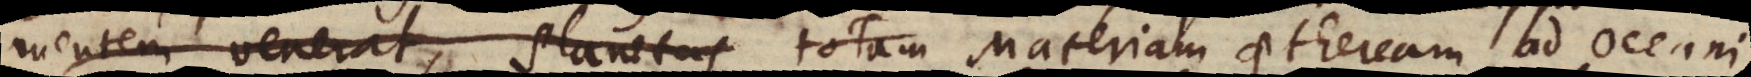
mentem venerat, Planetas totam Materiam aetheream ad Oceani